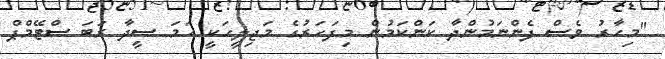
"މިހާރު ވެސް ފެންނަމުންދާ ކަންކަމުން މިފަހަރުގެ މަޖިލީހަކީ ހަމަ ސީދާ ރަބަ ސްޓޭމްޕް